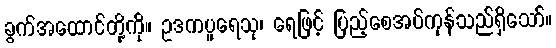
ခွက်အထောင်တို့ကို။ ဥဒကပူရေသု၊ ရေဖြင့် ပြည့်စေအပ်ကုန်သည်ရှိသော်။